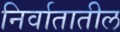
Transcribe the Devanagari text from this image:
निर्वातातील